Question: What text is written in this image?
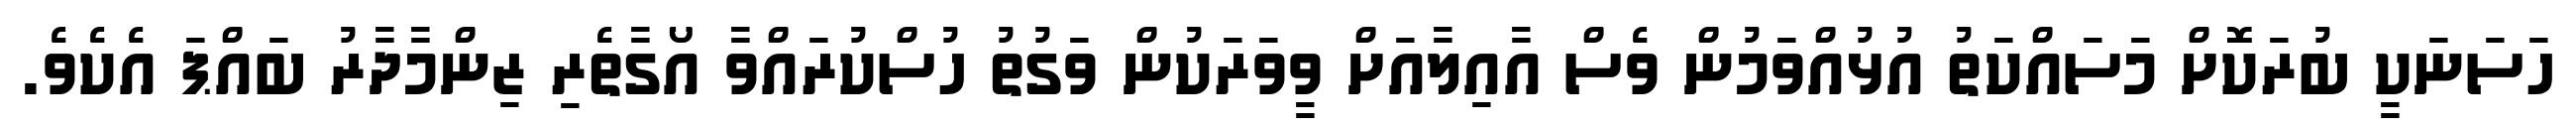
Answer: ހަސަނަކީ ބުރަކޮށް މަސައްކަތު އުޅުއްވަމުން ވެސް އާއިލާއަށް ވީވަރަކުން ވަގުތު ހުސްކުރައްވާ އޯގާތެރި ޒިންމާދާރު ބައްޕަ އެކެވެ.